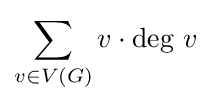
\sum _{v\in V(G)}v\cdot {\text{deg }}v